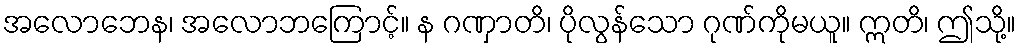
အလောဘေန၊ အလောဘကြောင့်။ န ဂဏှာတိ၊ ပိုလွန်သော ဂုဏ်ကိုမယူ။ ဣတိ၊ ဤသို့။